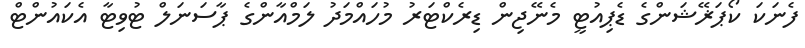
ފެނަކަ ކޯޕަޜޭޝަންގެ ޑެޕިއުޓީ މެނޭޖިން ޑިރެކްޓަރު މުހައްމަދު ލަމްއާންގެ ޕާސަނަލް ޓުވިޓާ އެކައުންޓް